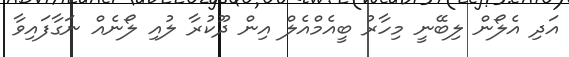
އަދި އެލޯން ލިބޭނީ މިހާރު ބީއެމްއެލް އިން ދޫކުރާ ލުއި ލޯނެއް ނަގާފައިވާ